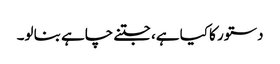
دستور کا کیا ہے، جتنے چاہے بنا لو۔